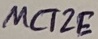
Text: MCT2E